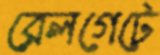
রেলগেটে